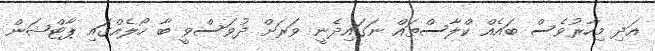
އަދި މިހާރުވެސް ބައެއް ކްލާސްތައް ނަގައިދެނީ ވަރަށް ދުވަސްވީ ބާ ހޯލެއްގައި ޕާޓްޝަން